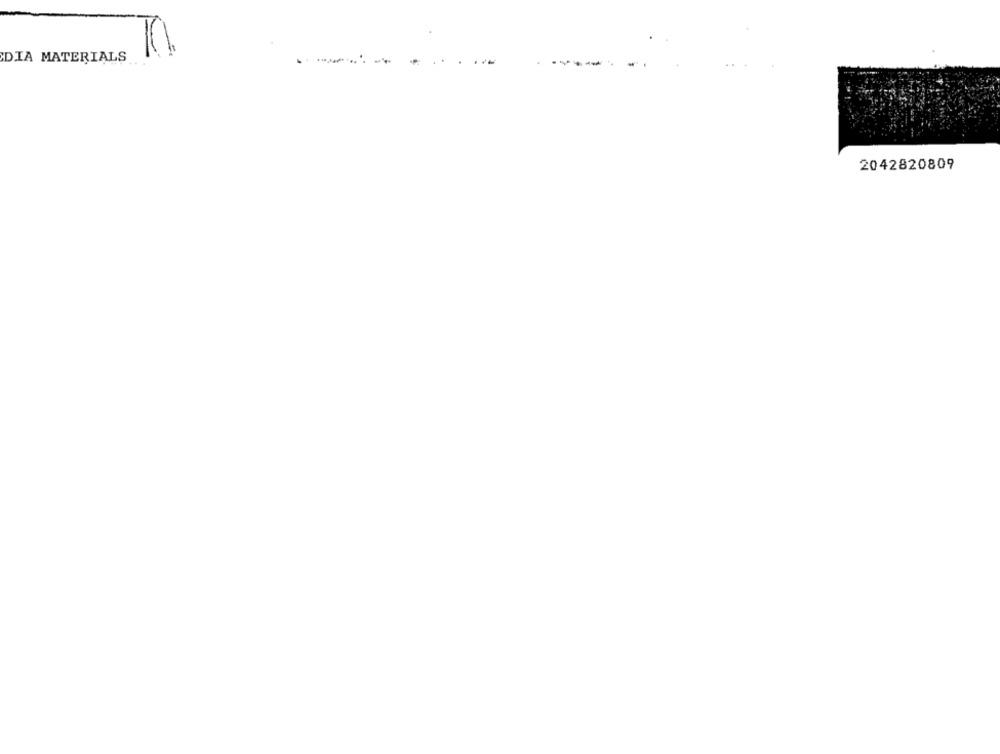
DIA MATERIALS
2042820809